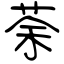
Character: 荼